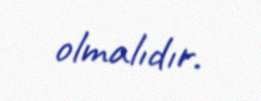
olmalıdır.